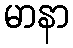
မာနာ